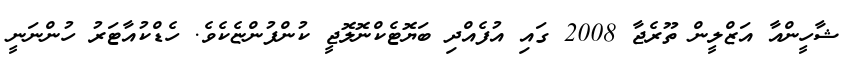
ޝާހީންއާ އަޒްލީން ތޫރެޖާ 2008 ގައި އުފެއްދި ބަޔޮޓެކްނޮލޮޖީ ކުންފުންޏެކެވެ. ހެޑްކުއާޓަރު ހުންނަނީ